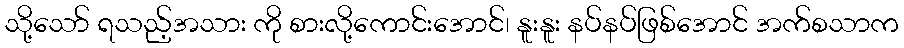
သို့သော် ရသည့်အသား ကို စားလို့ကောင်းအောင်၊ နူးနူး နပ်နပ်ဖြစ်အောင် အက်စသာက